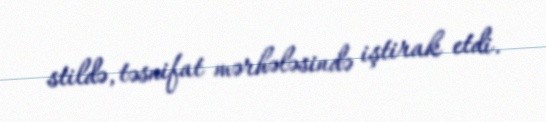
stildə, təsnifat mərhələsində iştirak etdi.